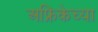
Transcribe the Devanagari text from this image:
अफ्रिकेच्या